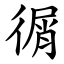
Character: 㣯